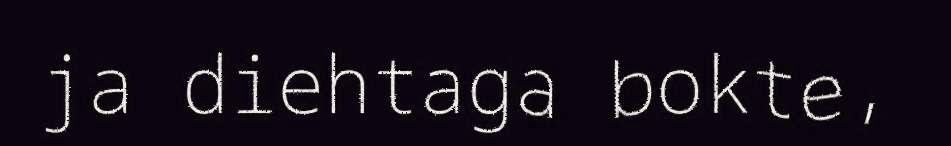
ja diehtaga bokte,